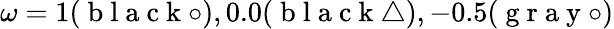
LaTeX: \omega=1(\mathrm{~b~l~a~c~k~}\circ),0.0(\mathrm{~b~l~a~c~k~}\bigtriangleup),-0.5(\mathrm{~g~r~a~y~}\circ)